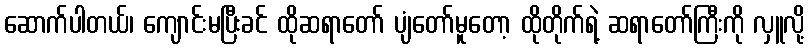
ဆောက်ပါတယ်၊ ကျောင်းမပြီးခင် ထိုဆရာတော် ပျံတော်မူတော့ ထိုတိုက်ရဲ့ ဆရာတော်ကြီးကို လှူလို့